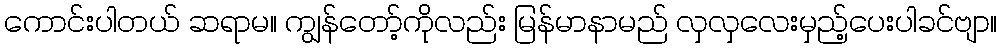
ကောင်းပါတယ် ဆရာမ။ ကျွန်တော့်ကိုလည်း မြန်မာနာမည် လှလှလေးမှည့်ပေးပါခင်ဗျာ။